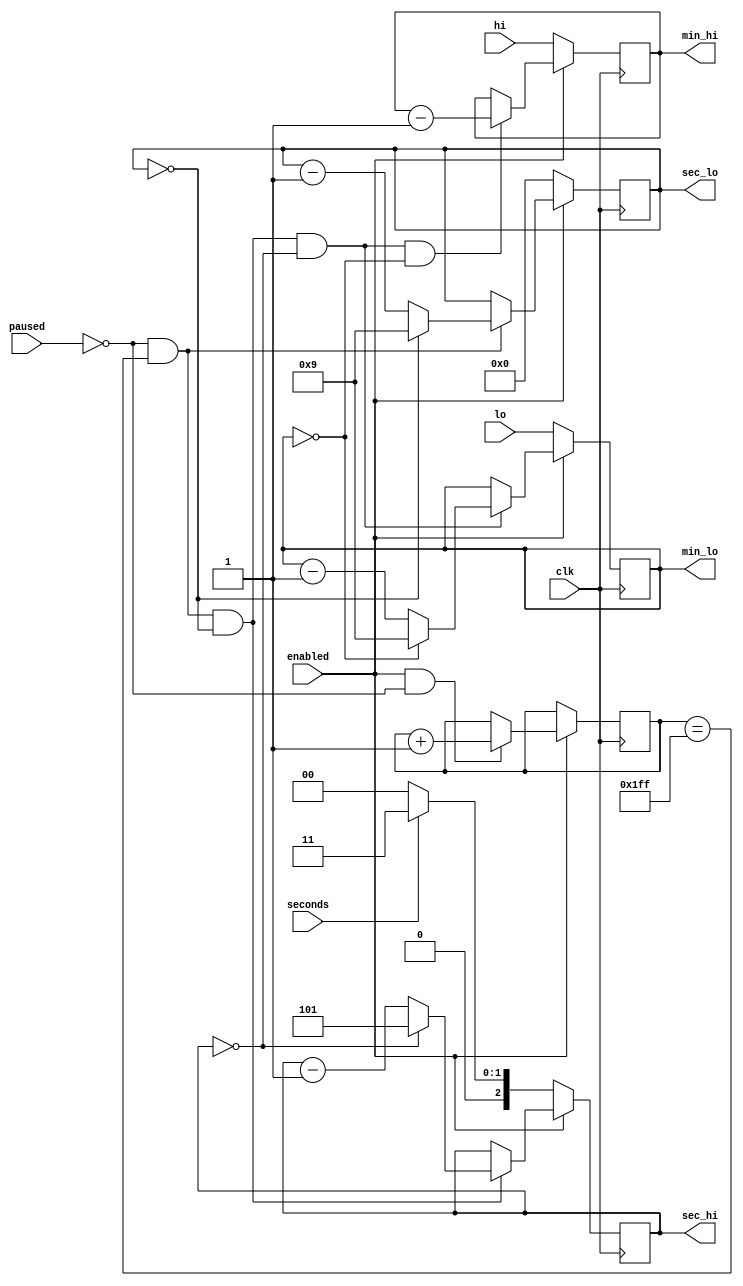
module counter #(
    parameter DIV=9
) (
    input clk,
    input enabled,
    input paused,
    input [3:0] hi,
    input [3:0] lo,
    input seconds,
    output reg [3:0]min_hi = 4'd0,
    output reg [3:0]min_lo = 4'd0,
    output reg [2:0]sec_hi = 3'd0,
    output reg [3:0]sec_lo = 4'd0
);

reg [DIV-1:0] fracts = 1'b0;

wire sec_lo_strobe = !paused & fracts == {DIV{1'b1}};
wire sec_hi_strobe = sec_lo_strobe & sec_lo == 4'd0;
wire min_lo_strobe = sec_hi_strobe & sec_hi == 3'd0;
wire min_hi_strobe = min_lo_strobe & min_lo == 4'd0;

always @(posedge clk) begin
    if (!enabled) begin
        sec_lo <= 4'd0;
        sec_hi <= seconds ? 3'd3 : 3'd0;
        min_lo <= lo;
        min_hi <= hi;
    end else begin
        if (enabled & !paused)
            fracts <= fracts + 1'b1;

        if (sec_lo_strobe)
            sec_lo <= sec_lo == 4'd0 ? 4'd9 : sec_lo - 1'b1;

        if (sec_hi_strobe)
            sec_hi <= sec_hi == 3'd0 ? 3'd5 : sec_hi - 1'b1;

        if (min_lo_strobe)
            min_lo <= min_lo == 4'd0 ? 4'd9 : min_lo - 1'b1;

        if (min_hi_strobe)
            min_hi <= min_hi - 1'b1;
    end
end

endmodule